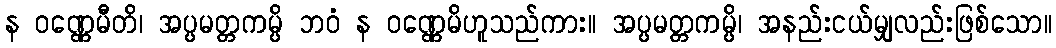
န ဝဏ္ဏေမီတိ၊ အပ္ပမတ္တကမ္ပိ ဘဝံ န ဝဏ္ဏေမိဟူသည်ကား။ အပ္ပမတ္တကမ္ပိ၊ အနည်းငယ်မျှလည်းဖြစ်သော။